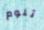
تلوم